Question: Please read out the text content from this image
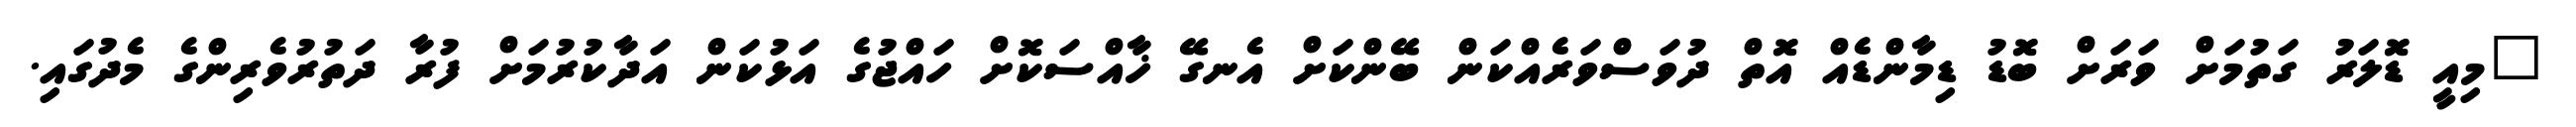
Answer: "މިއީ ޑޮލަރު ގަތުމަށް ވަރަށް ބޮޑު ޑިމާންޑެއް އޮތް ދުވަސްވަރެއްކަން ބޭންކަށް އެނގޭ ޚާއްސަކޮށް ހައްޖުގެ އަޅުކަން އަދާކުރުމަށް ފުރާ ދަތުރުވެރިންގެ މެދުގައި.